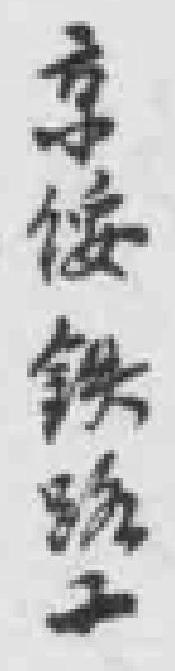
京绥铁路工